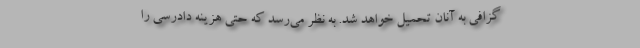
گزافی به آنان تحمیل خواهد شد. به نظر می‌رسد که حتی هزینه دادرسی را